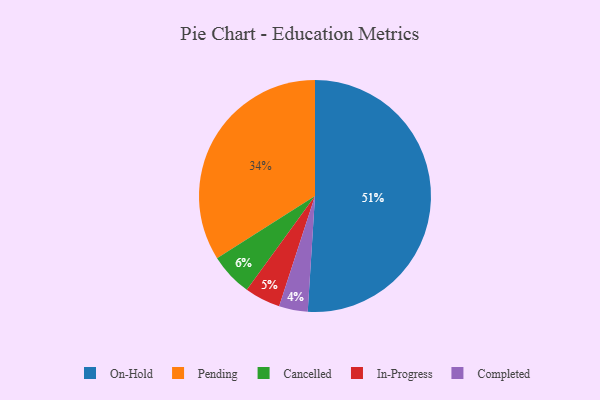
{"axis": {"x": "Category", "y": "Percentage"}, "legend": ["Cancelled", "Completed", "In-Progress", "On-Hold", "Pending"], "data": [{"x": "On-Hold", "y": 51, "type": "On-Hold"}, {"x": "Completed", "y": 4, "type": "Completed"}, {"x": "Cancelled", "y": 6, "type": "Cancelled"}, {"x": "Pending", "y": 34, "type": "Pending"}, {"x": "In-Progress", "y": 5, "type": "In-Progress"}]}